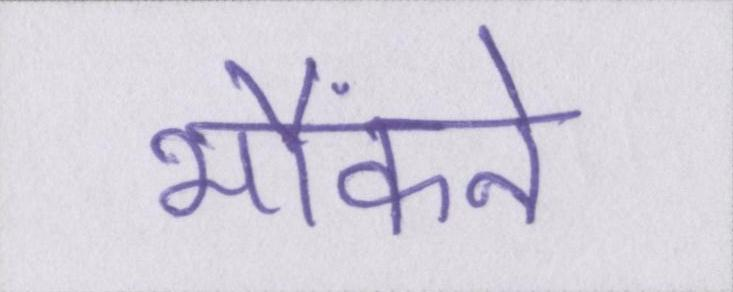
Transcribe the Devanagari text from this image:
भौंकने